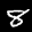
Label: 8